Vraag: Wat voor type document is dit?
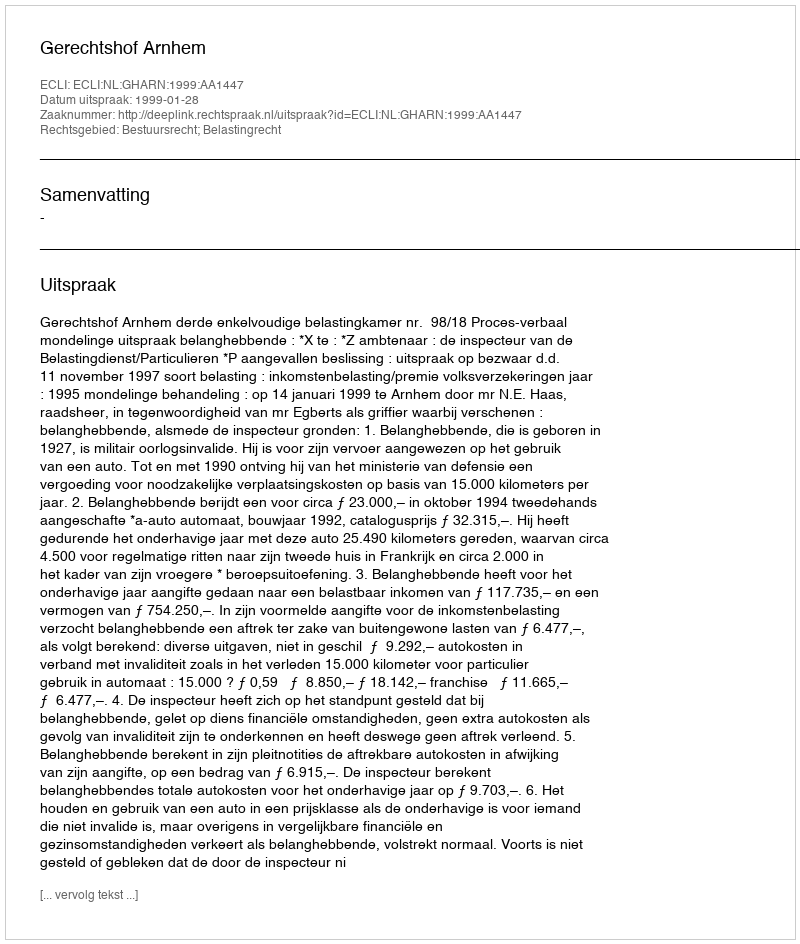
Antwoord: Uitspraak